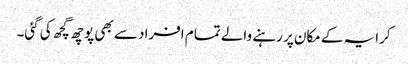
کرایہ کے مکان پر رہنے والے تمام افراد سے بھی پوچھ گچھ کی گئی۔